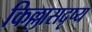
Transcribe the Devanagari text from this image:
किल्लासदृष्य